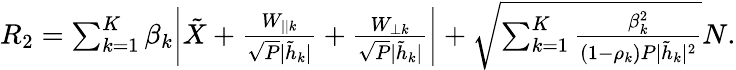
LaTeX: \begin{array}{r}{{{{R}}_{2}}=\sum_{k=1}^{K}\beta_{k}\bigg|{{\tilde{X}}}+\frac{{{{W}_{||k}}}}{\sqrt{P}{|\tilde{h}_{k}|}}+\frac{{{{W}_{\perp k}}}}{\sqrt{P}{|\tilde{h}_{k}|}}\bigg|+\sqrt{\sum_{k=1}^{K}\frac{\beta_{k}^{2}}{(1-\rho_{k})P|\tilde{h}_{k}|^{2}}}{N}.}\end{array}